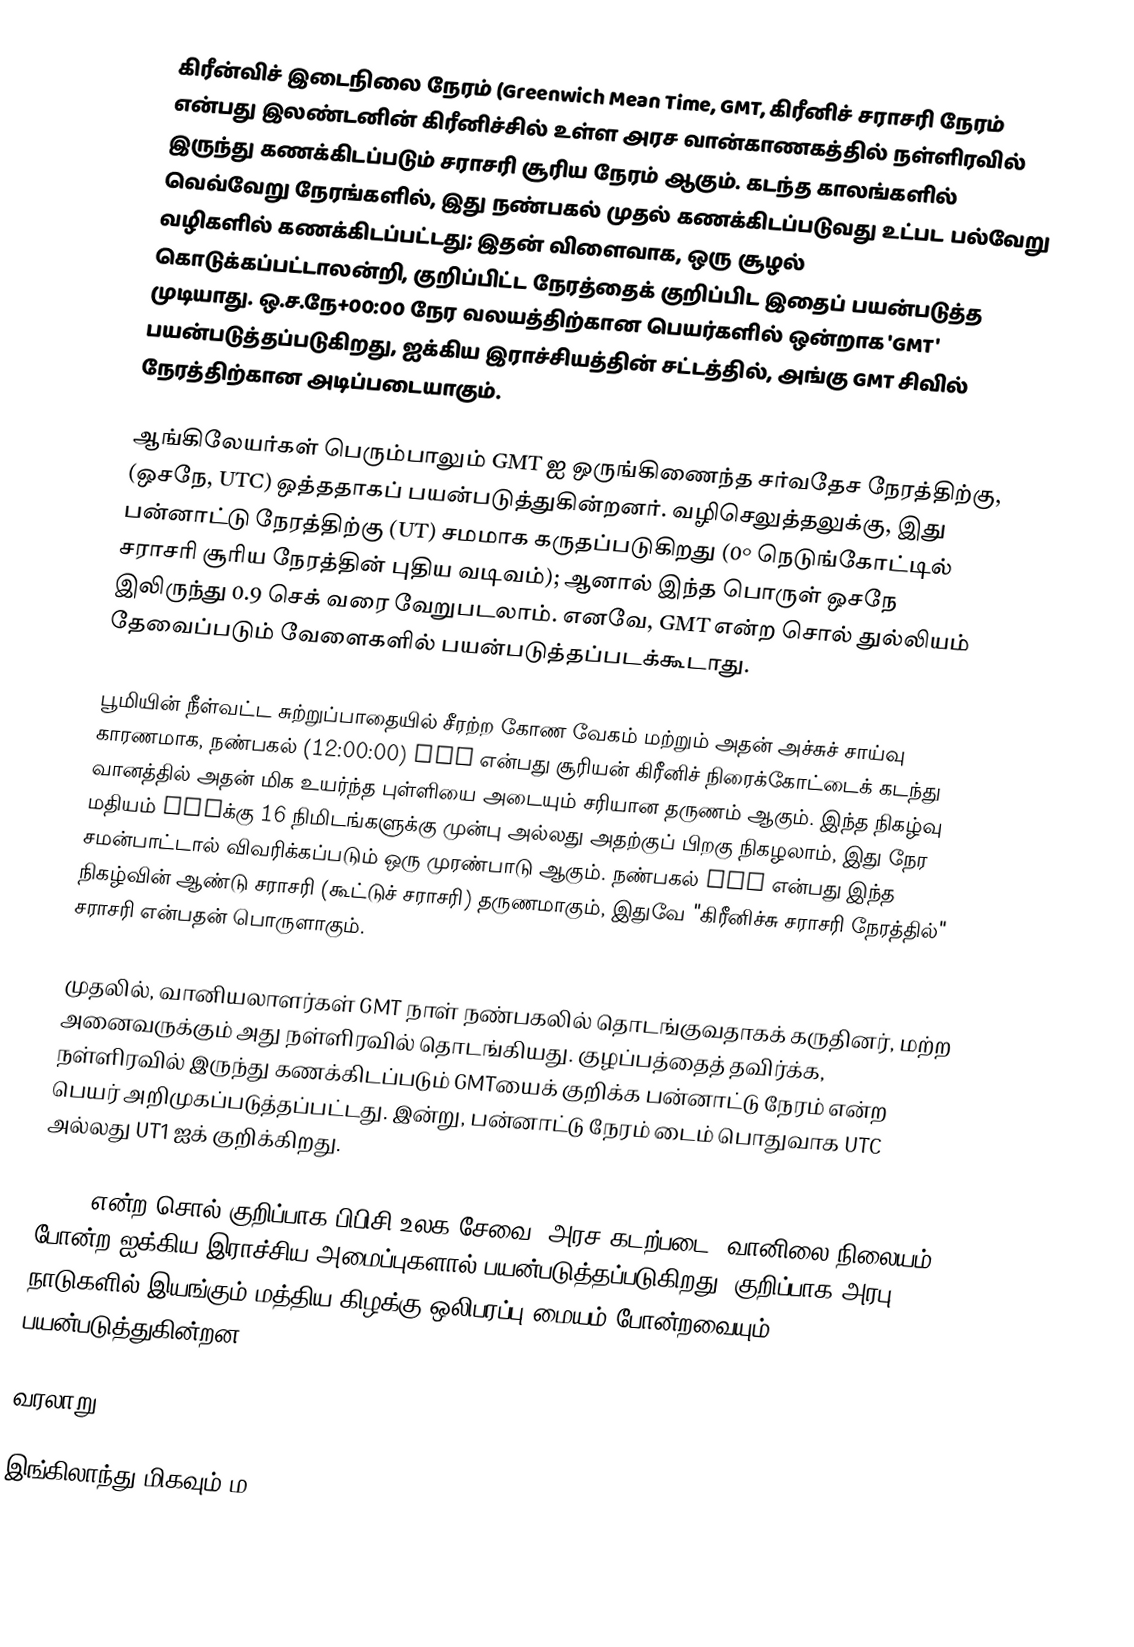
கிரீன்விச் இடைநிலை நேரம் (Greenwich Mean Time, GMT, கிரீனிச் சராசரி நேரம் என்பது இலண்டனின் கிரீனிச்சில் உள்ள அரச வான்காணகத்தில் நள்ளிரவில் இருந்து கணக்கிடப்படும் சராசரி சூரிய நேரம் ஆகும். கடந்த காலங்களில் வெவ்வேறு நேரங்களில், இது நண்பகல் முதல் கணக்கிடப்படுவது உட்பட பல்வேறு வழிகளில் கணக்கிடப்பட்டது; இதன் விளைவாக, ஒரு சூழல் கொடுக்கப்பட்டாலன்றி, குறிப்பிட்ட நேரத்தைக் குறிப்பிட இதைப் பயன்படுத்த முடியாது. ஒ.ச.நே+00:00 நேர வலயத்திற்கான பெயர்களில் ஒன்றாக 'GMT' பயன்படுத்தப்படுகிறது, ஐக்கிய இராச்சியத்தின் சட்டத்தில், அங்கு GMT சிவில் நேரத்திற்கான அடிப்படையாகும்.

ஆங்கிலேயர்கள் பெரும்பாலும் GMT ஐ ஒருங்கிணைந்த சர்வதேச நேரத்திற்கு, (ஒசநே, UTC) ஒத்ததாகப் பயன்படுத்துகின்றனர். வழிசெலுத்தலுக்கு, இது பன்னாட்டு நேரத்திற்கு (UT) சமமாக கருதப்படுகிறது (0° நெடுங்கோட்டில் சராசரி சூரிய நேரத்தின் புதிய வடிவம்); ஆனால் இந்த பொருள் ஒசநே இலிருந்து 0.9 செக் வரை வேறுபடலாம். எனவே, GMT என்ற சொல் துல்லியம் தேவைப்படும் வேளைகளில் பயன்படுத்தப்படக்கூடாது.

பூமியின் நீள்வட்ட சுற்றுப்பாதையில் சீரற்ற கோண வேகம் மற்றும் அதன் அச்சுச் சாய்வு காரணமாக, நண்பகல் (12:00:00) GMT என்பது சூரியன் கிரீனிச் நிரைக்கோட்டைக் கடந்து வானத்தில் அதன் மிக உயர்ந்த புள்ளியை அடையும் சரியான தருணம் ஆகும். இந்த நிகழ்வு மதியம் GMTக்கு 16 நிமிடங்களுக்கு முன்பு அல்லது அதற்குப் பிறகு நிகழலாம், இது நேர சமன்பாட்டால் விவரிக்கப்படும் ஒரு முரண்பாடு ஆகும். நண்பகல் GMT என்பது இந்த நிகழ்வின் ஆண்டு சராசரி (கூட்டுச் சராசரி) தருணமாகும், இதுவே "கிரீனிச்சு சராசரி நேரத்தில்" சராசரி என்பதன் பொருளாகும்.

முதலில், வானியலாளர்கள் GMT நாள் நண்பகலில் தொடங்குவதாகக் கருதினர்,  மற்ற அனைவருக்கும் அது நள்ளிரவில் தொடங்கியது. குழப்பத்தைத் தவிர்க்க, நள்ளிரவில் இருந்து கணக்கிடப்படும் GMTயைக் குறிக்க பன்னாட்டு நேரம் என்ற பெயர் அறிமுகப்படுத்தப்பட்டது. இன்று, பன்னாட்டு நேரம் டைம் பொதுவாக UTC அல்லது UT1 ஐக் குறிக்கிறது.

"GMT" என்ற சொல் குறிப்பாக பிபிசி உலக சேவை, அரச கடற்படை, வானிலை நிலையம் போன்ற ஐக்கிய இராச்சிய அமைப்புகளால் பயன்படுத்தப்படுகிறது; குறிப்பாக அரபு நாடுகளில் இயங்கும் மத்திய கிழக்கு ஒலிபரப்பு மையம் போன்றவையும் பயன்படுத்துகின்றன.

வரலாறு

இங்கிலாந்து மிகவும் ம